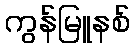
ကွန်မြူနစ်